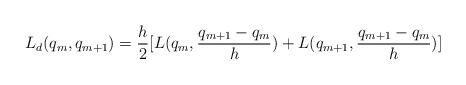
LaTeX: \begin{align*} L_d (q_{m},q_{m+1})& =\frac{h}{2}[ L(q_{m},\frac{q_{m+1}-q_{m}}{h}) + L(q_{m+1},\frac{q_{m+1}-q_{m}}{h})] \end{align*}